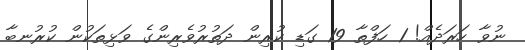
ނުވާ ހަރަދެއް! 1 ހަފްތާ 19 ގަޑި ކުރިން ދަތުރުވެރިންގެ ވަޅިތަކުން ކުރުނބާ